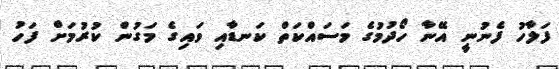
ފަލާހު ފެނުނީ އޭނާ ހޯދުމުގެ މަސައްކަތް ކަނޑާއި ވައިގެ މަގުން ކުރުމަށް ފަހު